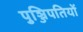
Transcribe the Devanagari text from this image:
पुञ्जिपतियों